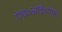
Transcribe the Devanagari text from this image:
एच॰आई॰एल॰